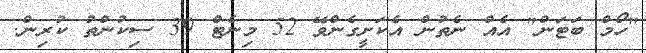
"ހޯމް ބަޓަން" އެއް ނެތުން އެކަށީގެންވޭ 52 މިނެޓް 39 ސިކުންތު ކުރިން.